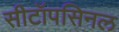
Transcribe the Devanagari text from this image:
सीटॉपसिनल